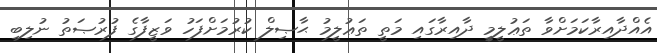
އެއްދާއިރާކަމަށްވާ ތަޢުލީމީ ދާއިރާގައި މަތީ ތަޢުލީމު ޙާޞިލް ކުރުމަށްފަހު ވަޒީފާގެ ފުރުޞަތު ނުލިބި